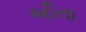
બીતા